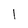
Character: l